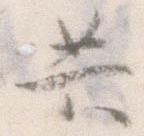
共